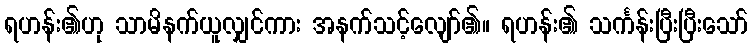
ရဟန်း၏ဟု သာမိနက်ယူလျှင်ကား အနက်သင့်လျော်၏။ ရဟန်း၏ သင်္ကန်းပြီးပြီးသော်